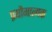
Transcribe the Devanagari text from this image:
प्रयौगात्मक